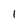
Character: 1